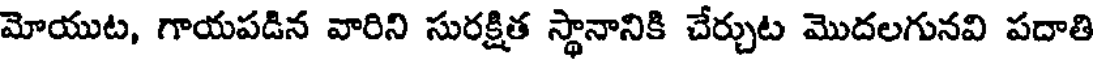
మోయుట, గాయపడిన వారిని సురక్షిత స్థానానికి చేర్చుట మొదలగునవి పదాతి